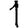
Digit: 1